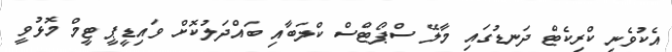
އެކުވެނި ކްރިކެޓް ދަނޑުގައި މާލޭ ސްޕޯޓްސް ކްލަބާއި ބައްދަލުކޮށް ވައިޑީޕީ ޓީމް މޮޅުވީ